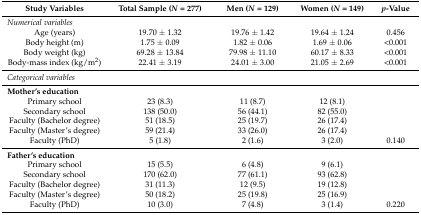
<table><thead><tr><td><b>Study Variables</b></td><td><b>Total Sample (<i>N</i> = 277)</b></td><td><b>Men (<i>N</i> = 129)</b></td><td><b>Women (<i>N</i> = 149)</b></td><td><b><i>p</i>-Value</b></td></tr></thead><tbody><tr><td><i>Numerical variables</i></td><td></td><td></td><td></td><td></td></tr><tr><td>Age (years)</td><td>19.70 ± 1.32</td><td>19.76 ± 1.42</td><td>19.64 ± 1.24</td><td>0.456</td></tr><tr><td>Body height (m)</td><td>1.75 ± 0.09</td><td>1.82 ± 0.06</td><td>1.69 ± 0.06</td><td>&lt;0.001</td></tr><tr><td>Body weight (kg)</td><td>69.28 ± 13.84</td><td>79.98 ± 11.10</td><td>60.17 ± 8.33</td><td>&lt;0.001</td></tr><tr><td>Body-mass index (kg/m<sup>2</sup>)</td><td>22.41 ± 3.19</td><td>24.01 ± 3.00</td><td>21.05 ± 2.69</td><td>&lt;0.001</td></tr><tr><td><i>Categorical variables</i></td><td></td><td></td><td></td><td></td></tr><tr><td><b>Mother’s education</b></td><td></td><td></td><td></td><td></td></tr><tr><td>Primary school</td><td>23 (8.3)</td><td>11 (8.7)</td><td>12 (8.1)</td><td></td></tr><tr><td>Secondary school</td><td>138 (50.0)</td><td>56 (44.1)</td><td>82 (55.0)</td><td></td></tr><tr><td>Faculty (Bachelor degree)</td><td>51 (18.5)</td><td>25 (19.7)</td><td>26 (17.4)</td><td></td></tr><tr><td>Faculty (Master’s degree)</td><td>59 (21.4)</td><td>33 (26.0)</td><td>26 (17.4)</td><td></td></tr><tr><td>Faculty (PhD)</td><td>5 (1.8)</td><td>2 (1.6)</td><td>3 (2.0)</td><td>0.140</td></tr><tr><td><b>Father’s education</b></td><td></td><td></td><td></td><td></td></tr><tr><td>Primary school</td><td>15 (5.5)</td><td>6 (4.8)</td><td>9 (6.1)</td><td></td></tr><tr><td>Secondary school</td><td>170 (62.0)</td><td>77 (61.1)</td><td>93 (62.8)</td><td></td></tr><tr><td>Faculty (Bachelor degree)</td><td>31 (11.3)</td><td>12 (9.5)</td><td>19 (12.8)</td><td></td></tr><tr><td>Faculty (Master’s degree)</td><td>50 (18.2)</td><td>25 (19.8)</td><td>25 (16.9)</td><td></td></tr><tr><td>Faculty (PhD)</td><td>10 (3.0)</td><td>7 (4.8)</td><td>3 (1.4)</td><td>0.220</td></tr></tbody></table>